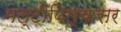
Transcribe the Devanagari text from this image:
मल्टीपिल्कसर